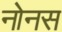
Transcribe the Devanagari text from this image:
नोनस